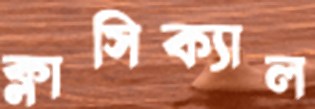
ক্লাসিক্যাল